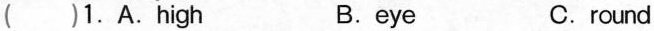
( )1.A.high B.eye C.round